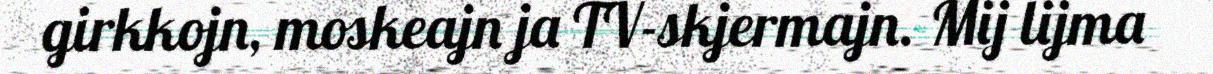
girkkojn, moskeajn ja TV-skjermajn. Mij lijma